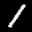
Label: 1